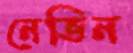
নেভিন